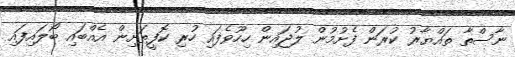
ނާސްތާ ތައްޔާރު ކުރަން ފެށުމުން ލުޖައިން ހިހޫވެފައި ހުރި ކޮފީތަށިން އެއްބައި ބޯލައިފައި